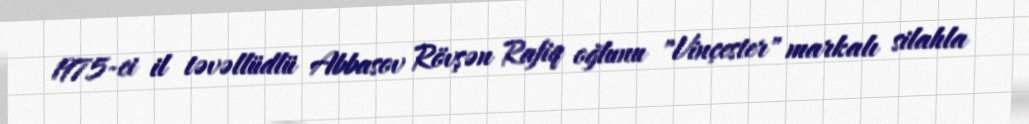
1975-ci il təvəllüdlü Abbasov Rövşən Rafiq oğlunu "Vinçester" markalı silahla